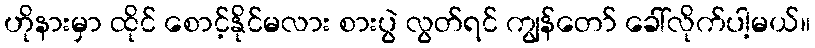
ဟိုနားမှာ ထိုင် စောင့်နိုင်မလား စားပွဲ လွတ်ရင် ကျွန်တော် ခေါ်လိုက်ပါ့မယ်။